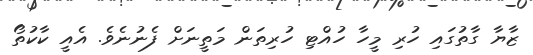
ޒާޔާ ގާތުގައި ހުރި މީހާ ހުއްޓި ހުރިތަން މަތީނަށް ފެނުނެވެ. އެއީ ކާކުތޯ